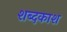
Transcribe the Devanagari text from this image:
शब्दकाश